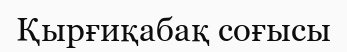
Қырғиқабақ соғысы